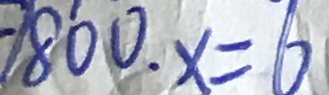
- 1 8 0 0 \cdot x = 6